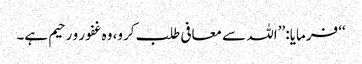
‘‘ فرمایا: ’’اللہ سے معافی طلب کرو، وہ غفور و رحیم ہے۔